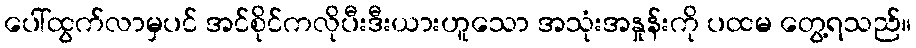
ပေါ်ထွက်လာမှပင် အင်စိုင်ကလိုပီးဒီးယားဟူသော အသုံးအနှုန်းကို ပထမ တွေ့ရသည်။